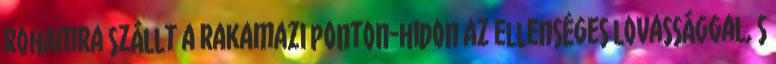
rohamra szállt a rakamazi ponton-hidon az ellenséges lovassággal, s